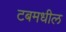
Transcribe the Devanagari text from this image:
टबमधील